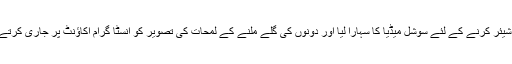
ویرات کوہلی نے اپنی اس ملاقات کو مداحوں کے ساتھ شیئر کرنے کے لئے سوشل میڈیا کا سہارا لیا اور دونوں کی گلے ملنے کے لمحات کی تصویر کو انسٹا گرام اکاﺅنٹ پر جاری کرتے ہوئے محبت بھرا پیغام لکھا کہ ”میری اکلوتی محبت‘‘۔